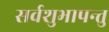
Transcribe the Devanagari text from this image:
सर्वशुभापन्तु